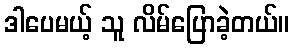
ဒါပေမယ့် သူ လိမ်ပြောခဲ့တယ်။